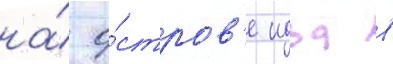
на́ о́стров'е идра в